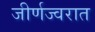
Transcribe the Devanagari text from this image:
जीर्णज्वरात